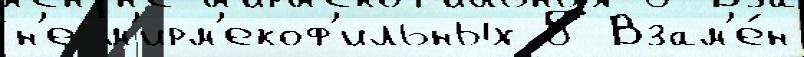
н'е м'ирм'екоф'ильных 5 Взам'е́н